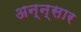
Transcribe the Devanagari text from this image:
अन्न्सार